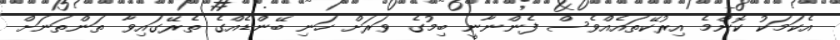
އެކަމަކު ކޮންމެ އިރުކޭތައެއްވެސް ފެންނާނީ ބިމުގެ ވަރަށް ހަނި ބޭންޑެއްގެ ތެރޭގައިވާ ތަންތަނަށް